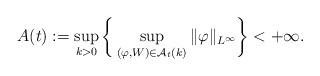
LaTeX: \begin{align*}A(t):=\sup_{k>0}\bigg\{\sup_{(\varphi,W)\in \mathcal{A}_t(k)}\|\varphi\|_{L^\infty}\bigg\}<+\infty.\end{align*}